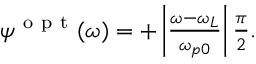
\begin{array} { r } { \psi ^ { \mathrm { ~ o ~ p ~ t ~ } } ( \omega ) = + \left| \frac { \omega - \omega _ { L } } { \omega _ { p 0 } } \right| \frac { \pi } { 2 } . } \end{array}